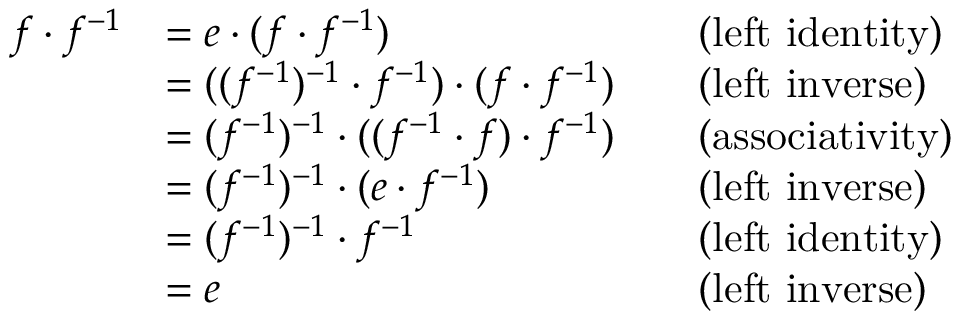
{ \begin{array} { r l r l } { f \cdot f ^ { - 1 } } & { = e \cdot ( f \cdot f ^ { - 1 } ) } & & { { \mathrm { ( l e f t ~ i d e n t i t y ) } } } \\ & { = ( ( f ^ { - 1 } ) ^ { - 1 } \cdot f ^ { - 1 } ) \cdot ( f \cdot f ^ { - 1 } ) } & & { { \mathrm { ( l e f t ~ i n v e r s e ) } } } \\ & { = ( f ^ { - 1 } ) ^ { - 1 } \cdot ( ( f ^ { - 1 } \cdot f ) \cdot f ^ { - 1 } ) } & & { { \mathrm { ( a s s o c i a t i v i t y ) } } } \\ & { = ( f ^ { - 1 } ) ^ { - 1 } \cdot ( e \cdot f ^ { - 1 } ) } & & { { \mathrm { ( l e f t ~ i n v e r s e ) } } } \\ & { = ( f ^ { - 1 } ) ^ { - 1 } \cdot f ^ { - 1 } } & & { { \mathrm { ( l e f t ~ i d e n t i t y ) } } } \\ & { = e } & & { { \mathrm { ( l e f t ~ i n v e r s e ) } } } \end{array} }